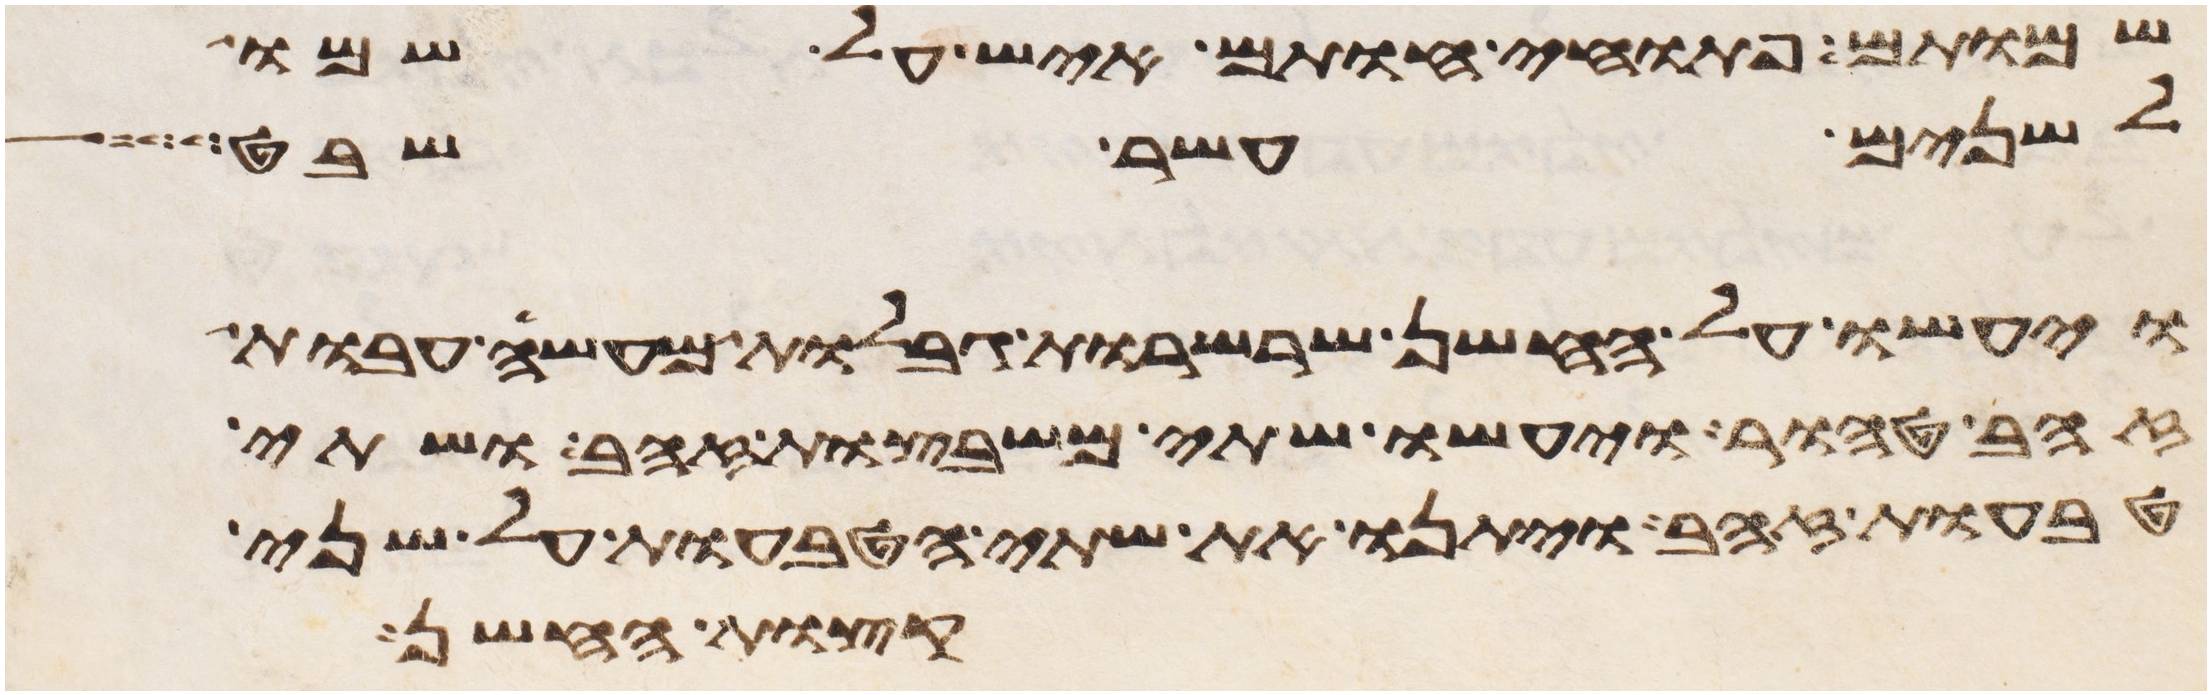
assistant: שמותם פתוחי חותם איש על שמו
לשנים עשר שבט
ויעשו על החשן שרשרות גבלות מעשה עבות
זהב טהור ויעשו שתי משבצות זהב ושתי
טבעות זהב ויתנו את שתי הטבעות על שני
קצות החשן